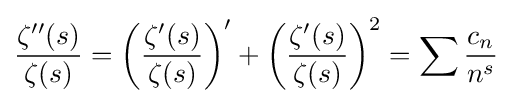
{\frac {\zeta ^{\prime \prime }(s)}{\zeta (s)}}=\left({\frac {\zeta ^{\prime }(s)}{\zeta (s)}}\right)^{\prime }+\left({\frac {\zeta ^{\prime }(s)}{\zeta (s)}}\right)^{2}=\sum {\frac {c_{n}}{n^{s}}}